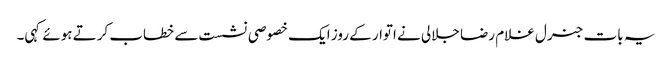
یہ بات جنرل غلام رضا جلالی نے اتوار کے روز ایک خصوصی نشست سے خطاب کرتے ہوئے کہی۔